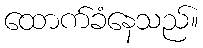
ထောက်ခံနေသည်။